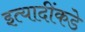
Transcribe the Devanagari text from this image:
इत्यादींकडे